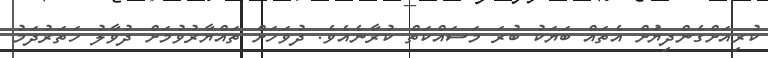
ކުރިއަށްގެންދިޔުަށް އެތައް ބަޔަކު ބުރަ މަސައްކަތް ކުރާނެއެވެ. ދުވަހަށް ތައްޔާރުވުމަށް ދުވާލު ހަތަރުދަމު